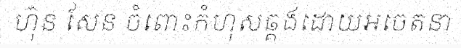
ហ៊ុន សែន ចំពោះកំហុសឆ្គងដោយអចេតនា